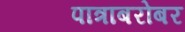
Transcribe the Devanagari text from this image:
पात्राबरोबर